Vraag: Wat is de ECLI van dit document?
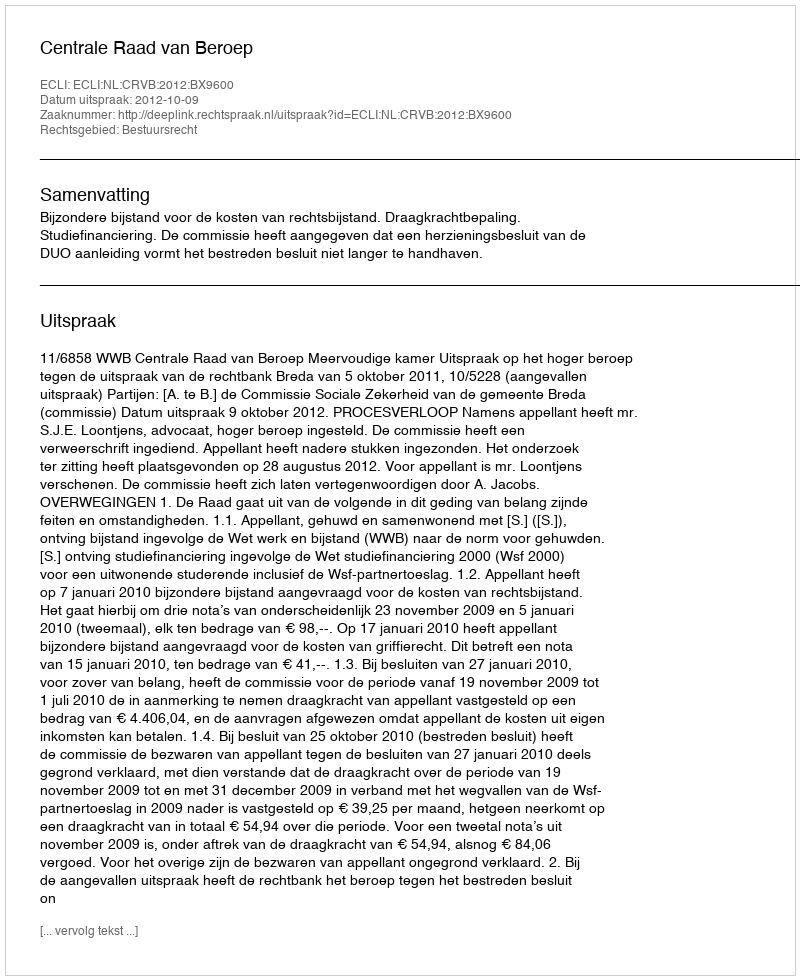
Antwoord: ECLI:NL:CRVB:2012:BX9600